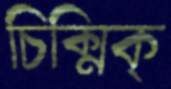
চিক্‌মিক্‌